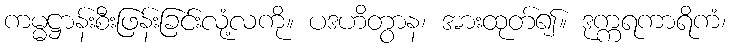
ကမ္မဋ္ဌာန်းစီးဖြန်းခြင်းလုံ့လကို။ ပဒဟိတွာန၊ အားထုတ်၍။ ဒုက္ကရကာရိကံ၊